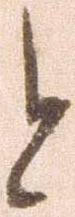
と